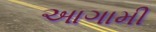
આગામી